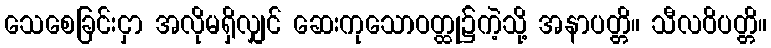
သေစေခြင်းငှာ အလိုမရှိလျှင် ဆေးကုသောဝတ္ထု၌ကဲ့သို့ အနာပတ္တိ။ သီလဝိပတ္တိ။